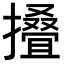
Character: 𢶣